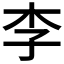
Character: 李